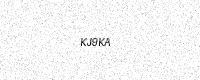
Text: KJ9KA